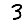
Digit: 3